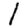
Digit: 1